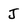
Character: J